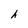
Character: h